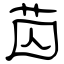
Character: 苬